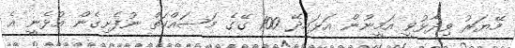
މޭޔަރު ވިދާޅުވީ އަމީނުން އަޅައިދޭ 100 ގޭގެ މަސައްކަތް ނުފެށިގެން އުޅެނީ އެ